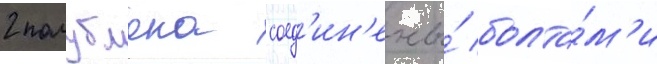
2 полублока соед'ин'ены́ болта́м'и